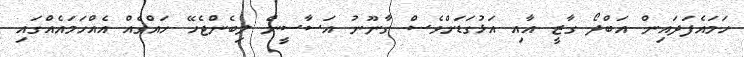
ހަމައެފަދައިން އަބްދޯ ގާޒީ އާއި އަޅުގަޑަށްވެސް ގާނޫނު އަސާސީން ލިބެންޖެހޭ ހައްގެއް އެއްހަމައެއްގައި